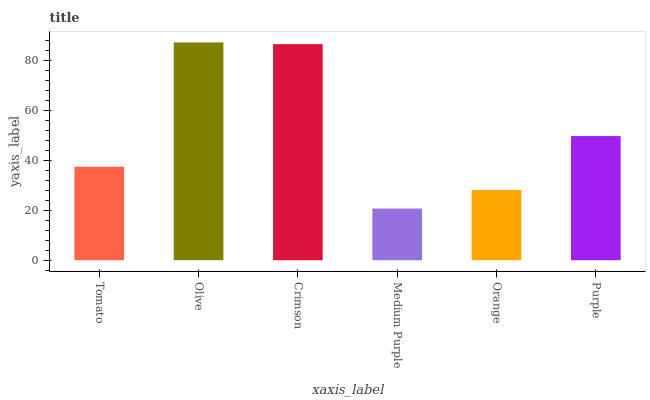
| xaxis_label | bars |
 | --- | --- |
 | Tomato | 37.5 |
 | Olive | 87.3 |
 | Crimson | 86.7 |
 | Medium Purple | 20.7 |
 | Orange | 28.1 |
 | Purple | 49.8 |